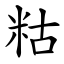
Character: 䊀